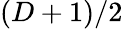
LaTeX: (D+1)/2